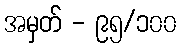
အမှတ် - ၉၅/၁၀၀